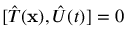
[ { \hat { T } } ( \mathbf { x } ) , { \hat { U } } ( t ) ] = 0